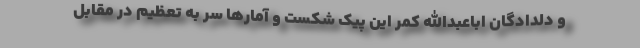
و دلدادگان اباعبدالله کمر این پیک شکست و آمارها سر به تعظیم در مقابل